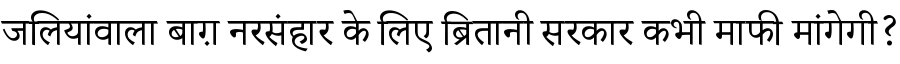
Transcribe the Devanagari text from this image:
जलियांवाला बाग़ नरसंहार के लिए ब्रितानी सरकार कभी माफी मांगेगी?